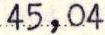
45,04